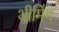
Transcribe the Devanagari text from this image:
थीमिंग